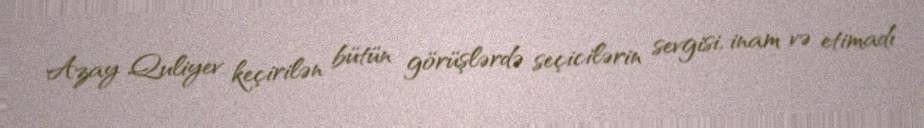
Azay Quliyev keçirilən bütün görüşlərdə seçicilərin sevgisi, inam və etimadı